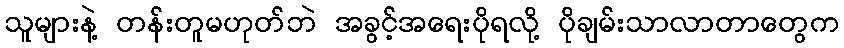
သူများနဲ့ တန်းတူမဟုတ်ဘဲ အခွင့်အရေးပိုရလို့ ပိုချမ်းသာလာတာတွေက